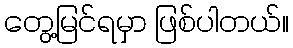
တွေ့မြင်ရမှာ ဖြစ်ပါတယ်။